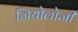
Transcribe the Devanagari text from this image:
जियोलोजी